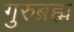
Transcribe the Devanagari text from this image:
गुरुब्रह्म